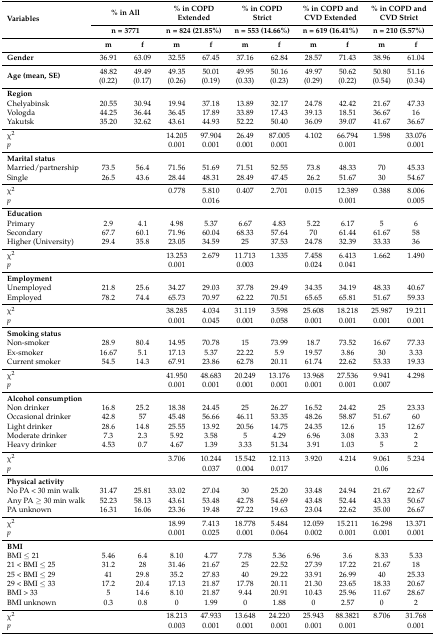
<table><thead><tr><td rowspan="2"><b>Variables</b></td><td colspan="2"><b>% in All</b></td><td colspan="2"><b>% in COPD Extended </b></td><td colspan="2"><b>% in COPD Strict</b></td><td colspan="2"><b>% in COPD and CVD Extended </b></td><td colspan="2"><b>% in COPD and CVD Strict</b></td></tr><tr><td colspan="2"><b>n = 3771</b></td><td colspan="2"><b>n = 824 (21.85%)</b></td><td colspan="2"><b>n = 553 (14.66%)</b></td><td colspan="2"><b>n = 619 (16.41%)</b></td><td colspan="2"><b>n = 210 (5.57%)</b></td></tr><tr><td></td><td><b>m</b></td><td><b>f</b></td><td><b>m</b></td><td><b>f</b></td><td><b>m</b></td><td><b>f</b></td><td><b>m</b></td><td><b>f</b></td><td><b>m</b></td><td><b>f</b></td></tr></thead><tbody><tr><td><b>Gender</b></td><td>36.91</td><td>63.09</td><td>32.55</td><td>67.45</td><td>37.16</td><td>62.84</td><td>28.57</td><td>71.43</td><td>38.96</td><td>61.04</td></tr><tr><td><b>Age (mean, SE)</b></td><td>48.82 (0.22)</td><td>49.49 (0.17)</td><td>49.35 (0.26)</td><td>50.01 (0.19)</td><td>49.95 (0.33)</td><td>50.16 (0.23)</td><td>49.97 (0.29)</td><td>50.62 (0.22)</td><td>50.80 (0.54)</td><td>51.16 (0.34)</td></tr><tr><td><b>Region</b></td><td></td><td></td><td></td><td></td><td></td><td></td><td></td><td></td><td></td><td></td></tr><tr><td>Chelyabinsk</td><td>20.55 </td><td>30.94 </td><td>19.94 </td><td>37.18 </td><td>13.89 </td><td>32.17 </td><td>24.78 </td><td>42.42 </td><td>21.67 </td><td>47.33 </td></tr><tr><td>Vologda</td><td>44.25 </td><td>36.44 </td><td>36.45 </td><td>17.89</td><td>33.89 </td><td>17.43 </td><td>39.13 </td><td>18.51 </td><td>36.67 </td><td>16 </td></tr><tr><td>Yakutsk</td><td>35.20</td><td>32.62</td><td>43.61</td><td>44.93</td><td>52.22</td><td>50.40</td><td>36.09</td><td>39.07</td><td>41.67</td><td>36.67</td></tr><tr><td>χ<sup>2</sup></td><td></td><td></td><td>14.205 </td><td>97.904 </td><td>26.49 </td><td>87.005 </td><td>4.102 </td><td>66.794 </td><td>1.598 </td><td>33.076 </td></tr><tr><td><i>p</i></td><td></td><td></td><td>0.001</td><td>0.001</td><td>0.001</td><td>0.001</td><td></td><td>0.001</td><td></td><td>0.001</td></tr><tr><td><b>Marital status</b></td><td></td><td></td><td></td><td></td><td></td><td></td><td></td><td></td><td></td><td></td></tr><tr><td>Married/partnership </td><td>73.5 </td><td>56.4 </td><td>71.56 </td><td>51.69 </td><td>71.51 </td><td>52.55 </td><td>73.8 </td><td>48.33 </td><td>70 </td><td>45.33 </td></tr><tr><td>Single</td><td>26.5</td><td>43.6</td><td>28.44</td><td>48.31</td><td>28.49 </td><td>47.45</td><td>26.2</td><td>51.67</td><td>30</td><td>54.67</td></tr><tr><td>χ<sup>2</sup></td><td></td><td></td><td>0.778 </td><td>5.810 </td><td>0.407 </td><td>2.701 </td><td>0.015 </td><td>12.389</td><td>0.388 </td><td>8.006 </td></tr><tr><td><i>p</i></td><td></td><td></td><td></td><td>0.016</td><td></td><td></td><td></td><td>0.001</td><td></td><td>0.005</td></tr><tr><td><b>Education</b></td><td></td><td></td><td></td><td></td><td></td><td></td><td></td><td></td><td></td><td></td></tr><tr><td>Primary </td><td>2.9 </td><td>4.1 </td><td>4.98 </td><td>5.37 </td><td>6.67 </td><td>4.83 </td><td>5.22 </td><td>6.17 </td><td>5 </td><td>6 </td></tr><tr><td>Secondary </td><td>67.7</td><td>60.1 </td><td>71.96 </td><td>60.04 </td><td>68.33 </td><td>57.64 </td><td>70 </td><td>61.44 </td><td>61.67 </td><td>58 </td></tr><tr><td>Higher (University) </td><td>29.4</td><td>35.8</td><td>23.05</td><td>34.59</td><td>25</td><td>37.53 </td><td>24.78</td><td>32.39</td><td>33.33</td><td>36</td></tr><tr><td>χ<sup>2</sup></td><td></td><td></td><td>13.253</td><td>2.679 </td><td>11.713</td><td>1.335 </td><td>7.458 </td><td>6.413 </td><td>1.662 </td><td>1.490 </td></tr><tr><td><i>p</i></td><td></td><td></td><td>0.001</td><td></td><td>0.003</td><td></td><td>0.024</td><td>0.041</td><td></td><td></td></tr><tr><td><b>Employment</b></td><td></td><td></td><td></td><td></td><td></td><td></td><td></td><td></td><td></td><td></td></tr><tr><td>Unemployed </td><td>21.8 </td><td>25.6 </td><td>34.27 </td><td>29.03 </td><td>37.78 </td><td>29.49 </td><td>34.35 </td><td>34.19 </td><td>48.33 </td><td>40.67 </td></tr><tr><td>Employed</td><td>78.2</td><td>74.4</td><td>65.73</td><td>70.97</td><td>62.22</td><td>70.51</td><td>65.65</td><td>65.81</td><td>51.67</td><td>59.33 </td></tr><tr><td>χ<sup>2</sup></td><td></td><td></td><td>38.285</td><td>4.034 </td><td>31.119</td><td>3.598 </td><td>25.608</td><td>18.218</td><td>25.987</td><td>19.211</td></tr><tr><td><i>p</i></td><td></td><td></td><td>0.001</td><td>0.045</td><td>0.001</td><td>0.058</td><td>0.001</td><td>0.001</td><td>0.001</td><td>0.001</td></tr><tr><td><b>Smoking status</b></td><td></td><td></td><td></td><td></td><td></td><td></td><td></td><td></td><td></td><td></td></tr><tr><td>Non-smoker </td><td>28.9 </td><td>80.4 </td><td>14.95 </td><td>70.78 </td><td>15 </td><td>73.99 </td><td>18.7 </td><td>73.52 </td><td>16.67 </td><td>77.33 </td></tr><tr><td>Ex-smoker </td><td>16.67 </td><td>5.1 </td><td>17.13 </td><td>5.37 </td><td>22.22 </td><td>5.9 </td><td>19.57 </td><td>3.86 </td><td>30 </td><td>3.33 </td></tr><tr><td>Current smoker</td><td>54.5</td><td>14.3</td><td>67.91</td><td>23.86</td><td>62.78</td><td>20.11</td><td>61.74</td><td>22.62</td><td>53.33</td><td>19.33</td></tr><tr><td>χ<sup>2</sup></td><td></td><td></td><td>41.950</td><td>48.683</td><td>20.249</td><td>13.176</td><td>13.968</td><td>27.536</td><td>9.941 </td><td>4.298 </td></tr><tr><td><i>p</i></td><td></td><td></td><td>0.001</td><td>0.001</td><td>0.001</td><td>0.001</td><td>0.001</td><td>0.001</td><td>0.007</td><td></td></tr><tr><td colspan="2"><b>Alcohol consumption</b></td><td></td><td></td><td></td><td></td><td></td><td></td><td></td><td></td><td></td></tr><tr><td>Non drinker</td><td>16.8</td><td>25.2</td><td>18.38</td><td>24.45</td><td>25</td><td>26.27</td><td>16.52</td><td>24.42</td><td>25</td><td>23.33</td></tr><tr><td>Occasional drinker</td><td>42.8</td><td>57</td><td>45.48</td><td>56.66</td><td>46.11</td><td>53.35</td><td>48.26</td><td>58.87</td><td>51.67</td><td>60</td></tr><tr><td>Light drinker</td><td>28.6</td><td>14.8</td><td>25.55</td><td>13.92</td><td>20.56</td><td>14.75</td><td>24.35</td><td>12.6</td><td>15</td><td>12.67</td></tr><tr><td>Moderate drinker</td><td>7.3</td><td>2.3</td><td>5.92</td><td>3.58</td><td>5</td><td>4.29</td><td>6.96</td><td>3.08</td><td>3.33</td><td>2</td></tr><tr><td>Heavy drinker</td><td>4.53</td><td>0.7</td><td>4.67</td><td>1.39</td><td>3.33</td><td>51.34</td><td>3.91</td><td>1.03</td><td>5</td><td>2</td></tr><tr><td>χ<sup>2</sup></td><td></td><td></td><td>3.706 </td><td>10.244</td><td>15.542</td><td>12.113</td><td>3.920 </td><td>4.214 </td><td>9.061 </td><td>5.234 </td></tr><tr><td><i>p</i></td><td></td><td></td><td></td><td>0.037</td><td>0.004</td><td>0.017</td><td></td><td></td><td>0.06</td><td></td></tr><tr><td><b>Physical activity</b></td><td></td><td></td><td></td><td></td><td></td><td></td><td></td><td></td><td></td><td></td></tr><tr><td>No PA &lt; 30 min walk</td><td>31.47</td><td>25.81</td><td>33.02</td><td>27.04</td><td>30</td><td>25.20</td><td>33.48</td><td>24.94</td><td>21.67 </td><td>22.67</td></tr><tr><td>Any PA ≥ 30 min walk</td><td>52.23</td><td>58.13</td><td>43.61</td><td>53.48 </td><td>42.78</td><td>54.69</td><td>43.48</td><td>52.44</td><td>43.33</td><td>50.67</td></tr><tr><td>PA unknown</td><td>16.31</td><td>16.06</td><td>23.36</td><td>19.48</td><td>27.22</td><td>19.63</td><td>23.04</td><td>22.62</td><td>35.00</td><td>26.67</td></tr><tr><td>χ<sup>2</sup></td><td></td><td></td><td>18.99</td><td>7.413</td><td>18.778</td><td>5.484</td><td>12.059</td><td>15.211</td><td>16.298</td><td>13.371</td></tr><tr><td><i>p</i></td><td></td><td></td><td>0.001</td><td>0.025</td><td>0.001</td><td>0.064</td><td>0.002</td><td>0.001</td><td>0.001</td><td>0.001</td></tr><tr><td><b>BMI</b></td><td></td><td></td><td></td><td></td><td></td><td></td><td></td><td></td><td></td><td></td></tr><tr><td>BMI ≤ 21</td><td>5.46</td><td>6.4</td><td>8.10</td><td>4.77</td><td>7.78</td><td>5.36</td><td>6.96</td><td>3.6</td><td>8.33</td><td>5.33</td></tr><tr><td>21 &lt; BMI ≤ 25</td><td>31.2</td><td>28</td><td>31.46</td><td>21.67</td><td>25 </td><td>22.52</td><td>27.39</td><td>17.22</td><td>21.67</td><td>18</td></tr><tr><td>25 &lt; BMI ≤ 29</td><td>41</td><td>29.8</td><td>35.2</td><td>27.83</td><td>40</td><td>29.22</td><td>33.91</td><td>26.99</td><td>40</td><td>25.33</td></tr><tr><td>29 &lt; BMI ≤ 33</td><td>17.2</td><td>20.4</td><td>17.13</td><td>21.87</td><td>17.78</td><td>20.11</td><td>21.30</td><td>23.65</td><td>18.33</td><td>20.67</td></tr><tr><td>BMI &gt; 33</td><td>5</td><td>14.6</td><td>8.10</td><td>21.87</td><td>9.44</td><td>20.91</td><td>10.43</td><td>25.96</td><td>11.67</td><td>28.67</td></tr><tr><td>BMI unknown</td><td>0.3</td><td>0.8</td><td>0</td><td>1.99</td><td>0</td><td>1.88</td><td>0</td><td>2.57</td><td>0</td><td>2</td></tr><tr><td>χ<sup>2</sup></td><td></td><td></td><td>18.213</td><td>47.933</td><td>13.648</td><td>24.220</td><td>25.943</td><td>88.3821</td><td>8.706</td><td>31.768</td></tr><tr><td><i>p</i></td><td></td><td></td><td>0.003</td><td>0.001</td><td>0.001</td><td>0.001</td><td>0.001</td><td>0.001</td><td></td><td>0.001</td></tr></tbody></table>